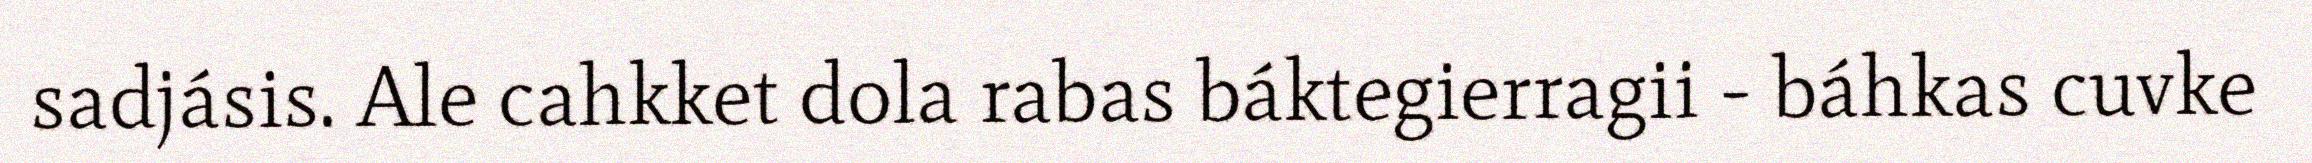
sadjásis. Ale cahkket dola rabas báktegierragii - báhkas cuvke